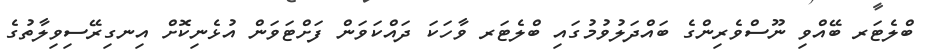
ބްލެޓަރ ބޭއްވި ނޫސްވެރިންގެ ބައްދަލުވުމުގައި ބްލެޓަރ ވާހަކަ ދައްކަވަން ފަށްޓަވަން އުޅެނިކޮށް އިނގިރޭސިވިލާތުގެ